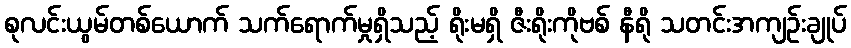
စုလင်းယွမ်တစ်ယောက် သက်ရောက်မှုရှိသည့် ရိုးမရှိ ဇီးရိုးကိုဗစ် နီရို သတင်းအကျဉ်းချုပ်